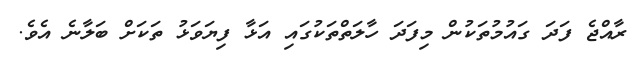
ރާއްޖެ ފަދަ ގައުމުތަކުން މިފަދަ ހާލަތްތަކުގައި އަޅާ ފިޔަވަޅު ތަކަށް ބަލާނެ އެވެ.